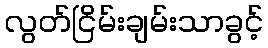
လွတ်ငြိမ်းချမ်းသာခွင့်